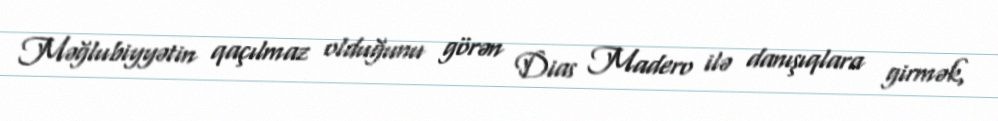
Məğlubiyyətin qaçılmaz olduğunu görən Dias Madero ilə danışıqlara girmək,